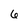
Character: 6